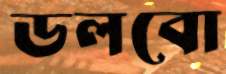
ডলবো